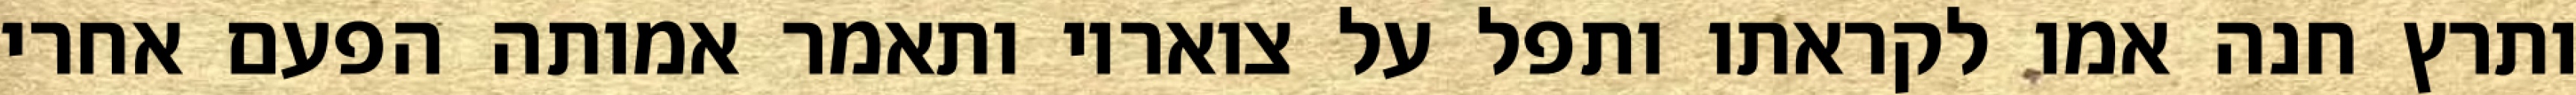
ותרץ חנה אמו לקראתו ותפל על צואריו ותאמר אמותה הפעם אחרי